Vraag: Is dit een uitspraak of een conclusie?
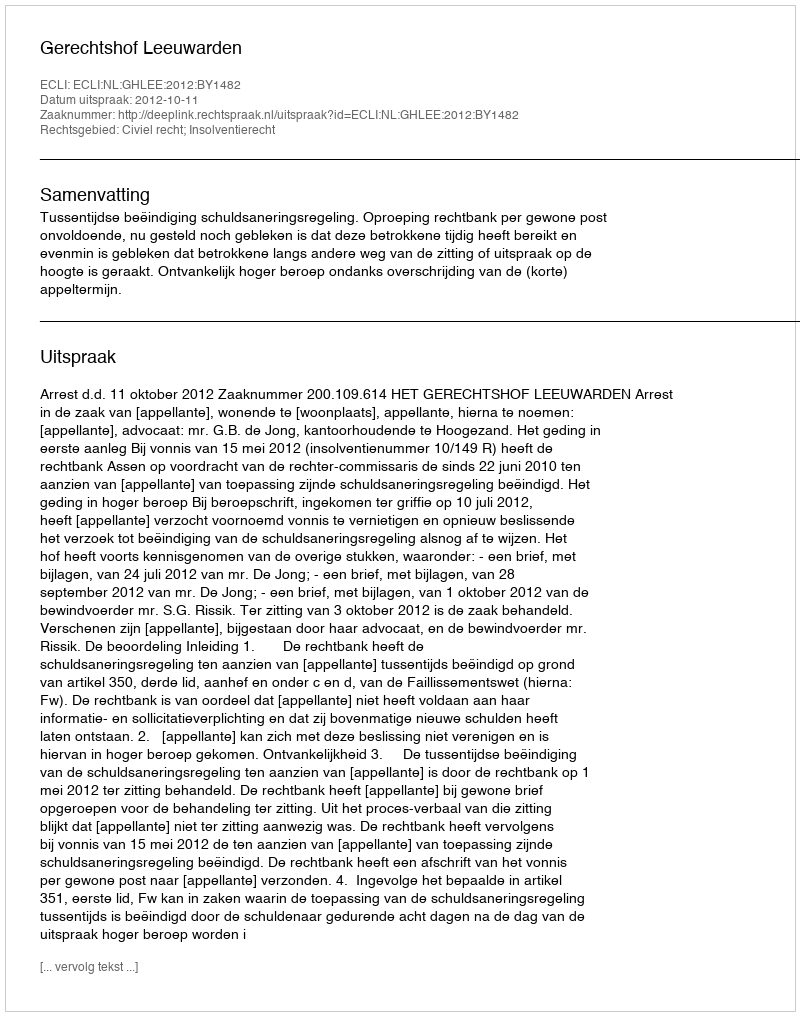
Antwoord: Uitspraak